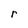
Character: r